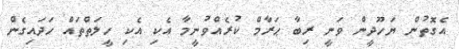
އެގޮތުން ޔަހޫދީން ވަނީ ރިބާ ޙަރާމް ކުރެއްވުނީމާ އެކި އެކި ހީލަތްތައް ހަދައިގެން